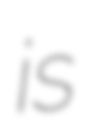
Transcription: is